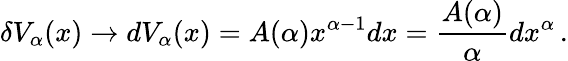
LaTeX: \delta V_{\alpha}(x)\rightarrow dV_{\alpha}(x)=A(\alpha)x^{\alpha-1}dx=\frac{A(\alpha)}{\alpha}dx^{\alpha}\, .